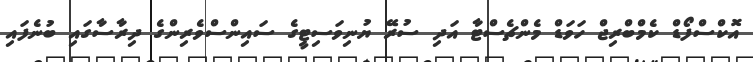
އޮކްސްފޯޑް ކެމްބްރިޖް ހަވަޑް މެންޗެސްޓާ އަދި ސުރޭ ޔުނިވަސިޓީގެ ސައިންސްވެރިންގެ ދިރާސާގައި ބުނެފައި